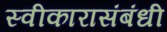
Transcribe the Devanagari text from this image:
स्वीकारासंबंधी